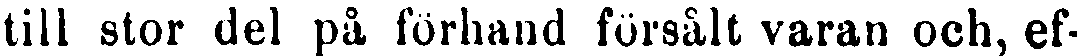
till stor del på förhand försålt varan ock, ef-